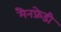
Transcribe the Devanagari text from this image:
मैनफ्रेडी